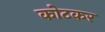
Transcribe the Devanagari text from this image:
कोटकर